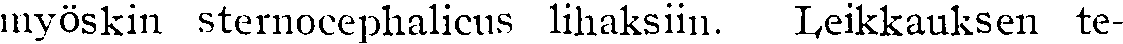
myöskin sternocephalicus lihaksiin. Leikkauksen te-